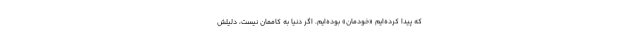
که پیدا کرده‌ایم «خودمان» بوده‌ایم. اگر دنیا به کاممان نیست، دلیلش